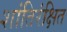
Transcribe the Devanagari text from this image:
शांतिरंक्षित